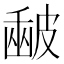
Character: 𥀉